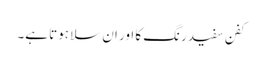
کفن سفید رنگ کا اور ان سلا ہوتا ہے۔